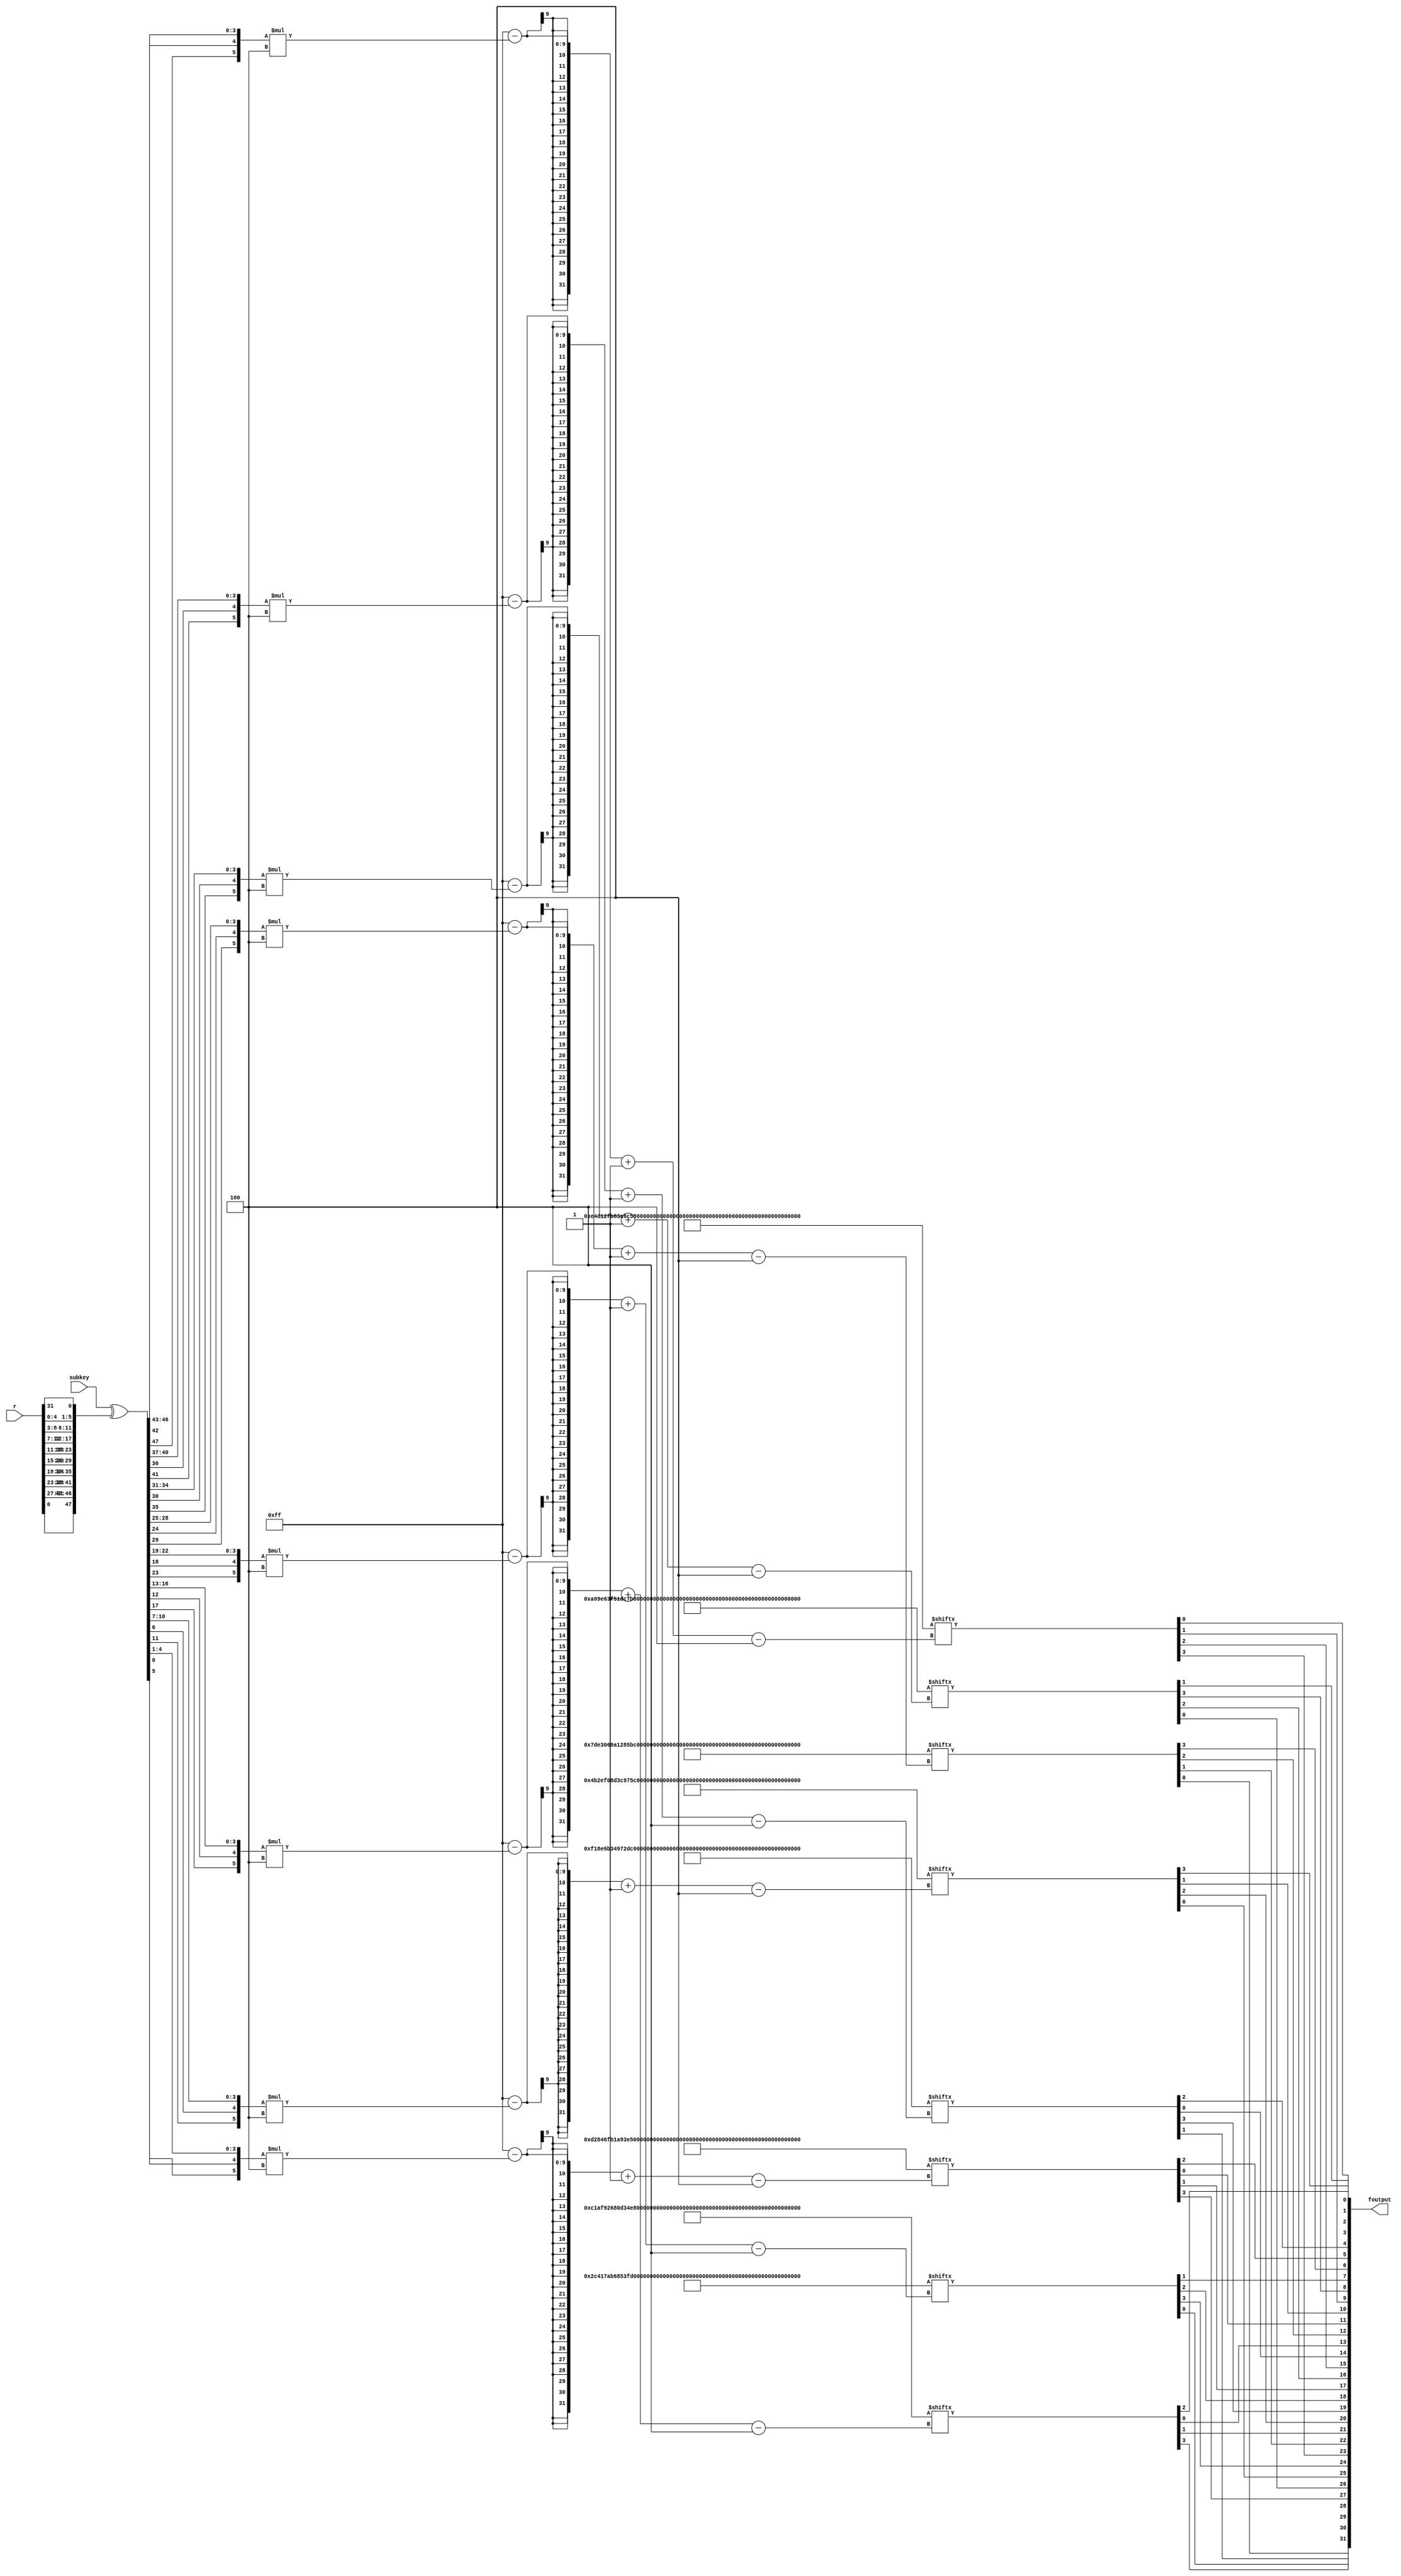
module fFunction(r, subkey, foutput);
	input [31:0]r;
	input [47:0]subkey;
	output [31:0]foutput;
	
	wire [47:0]exP;
	wire [47:0]keyXexP;
	wire [47:0]preSBox;
	wire [47:0]postSBox;
	
	wire [3:0]n1, n2, n3, n4, n5, n6, n7, n8;


	// Expansion Permutation --------------------------------------------------------------
	assign exP = {r[0], r[31], r[30], r[29], r[28], r[27], 
						r[28], r[27], r[26], r[25], r[24], r[23], 
						r[24], r[23], r[22], r[21], r[20], r[19], 
						r[20], r[19], r[18], r[17], r[16], r[15], 
						r[16], r[15], r[14], r[13], r[12], r[11], 
						r[12], r[11], r[10], r[9], r[8], r[7], 
						r[8], r[7], r[6], r[5], r[4], r[3], 
						r[4], r[3], r[2], r[1], r[0], r[31]};
	// End Expansion Permutation ----------------------------------------------------------	
	
	assign keyXexP = subkey ^ exP; // xor add key and expanded r

	// mirror array: first bit on left side becomes first bit on right and so on
	assign preSBox = {keyXexP[0], keyXexP[1], keyXexP[2], keyXexP[3], keyXexP[4], keyXexP[5], keyXexP[6], keyXexP[7], 
				keyXexP[8], keyXexP[9], keyXexP[10], keyXexP[11], keyXexP[12], keyXexP[13], keyXexP[14], keyXexP[15], 
				keyXexP[16], keyXexP[17], keyXexP[18], keyXexP[19], keyXexP[20], keyXexP[21], keyXexP[22], keyXexP[23], 
				keyXexP[24], keyXexP[25], keyXexP[26], keyXexP[27], keyXexP[28], keyXexP[29], keyXexP[30], keyXexP[31],
				keyXexP[32], keyXexP[33], keyXexP[34], keyXexP[35], keyXexP[36], keyXexP[37], keyXexP[38], keyXexP[39],	
				keyXexP[40], keyXexP[41], keyXexP[42], keyXexP[43], keyXexP[44], keyXexP[45], keyXexP[46], keyXexP[47]};	
	
	
	
	// conduct s-box manipulation
	parameter S1 = {4'd14, 4'd4, 4'd13, 4'd1, 4'd2, 4'd15, 4'd11, 4'd8, 4'd3, 4'd10, 4'd6, 4'd12, 4'd5, 4'd9, 4'd0, 4'd7, 
						4'd0, 4'd15, 4'd7, 4'd4, 4'd14, 4'd2, 4'd13, 4'd1, 4'd10, 4'd6, 4'd12, 4'd11, 4'd9, 4'd5, 4'd3, 4'd8, 
						4'd4, 4'd1, 4'd14, 4'd8, 4'd13, 4'd6, 4'd2, 4'd11, 4'd15, 4'd12, 4'd9, 4'd7, 4'd3, 4'd10, 4'd5, 4'd0, 
						4'd15, 4'd12, 4'd8, 4'd2, 4'd4, 4'd9, 4'd1, 4'd7, 4'd5, 4'd11, 4'd3, 4'd14, 4'd10, 4'd0, 4'd6, 4'd13};

	parameter S2 = {4'd15, 4'd1, 4'd8, 4'd14, 4'd6, 4'd11, 4'd3, 4'd4, 4'd9, 4'd7, 4'd2, 4'd13, 4'd12, 4'd0, 4'd5, 4'd10, 
						4'd3, 4'd13, 4'd4, 4'd7, 4'd15, 4'd2, 4'd8, 4'd14, 4'd12, 4'd0, 4'd1, 4'd10, 4'd6, 4'd9, 4'd11, 4'd5, 
						4'd0, 4'd14, 4'd7, 4'd11, 4'd10, 4'd4, 4'd13, 4'd1, 4'd5, 4'd8, 4'd12, 4'd6, 4'd9, 4'd3, 4'd2, 4'd15, 
						4'd13, 4'd8, 4'd10, 4'd1, 4'd3, 4'd15, 4'd4, 4'd2, 4'd11, 4'd6, 4'd7, 4'd12, 4'd0, 4'd5, 4'd14, 4'd9 };

	parameter S3 = {4'd10, 4'd0, 4'd9, 4'd14, 4'd6, 4'd3, 4'd15, 4'd5, 4'd1, 4'd13, 4'd12, 4'd7, 4'd11, 4'd4, 4'd2, 4'd8, 
						4'd13, 4'd7, 4'd0, 4'd9, 4'd3, 4'd4, 4'd6, 4'd10, 4'd2, 4'd8, 4'd5, 4'd14, 4'd12, 4'd11, 4'd15, 4'd1, 
						4'd13, 4'd6, 4'd4, 4'd9, 4'd8, 4'd15, 4'd3, 4'd0, 4'd11, 4'd1, 4'd2, 4'd12, 4'd5, 4'd10, 4'd14, 4'd7, 
						4'd1, 4'd10, 4'd13, 4'd0, 4'd6, 4'd9, 4'd8, 4'd7, 4'd4, 4'd15, 4'd14, 4'd3, 4'd11, 4'd5, 4'd2, 4'd12 };

	parameter S4 = {4'd7, 4'd13, 4'd14, 4'd3, 4'd0, 4'd6, 4'd9, 4'd10, 4'd1, 4'd2, 4'd8, 4'd5, 4'd11, 4'd12, 4'd4, 4'd15, 
						4'd13, 4'd8, 4'd11, 4'd5, 4'd6, 4'd15, 4'd0, 4'd3, 4'd4, 4'd7, 4'd2, 4'd12, 4'd1, 4'd10, 4'd14, 4'd9, 
						4'd10, 4'd6, 4'd9, 4'd0, 4'd12, 4'd11, 4'd7, 4'd13, 4'd15, 4'd1, 4'd3, 4'd14, 4'd5, 4'd2, 4'd8, 4'd4, 
						4'd3, 4'd15, 4'd0, 4'd6, 4'd10, 4'd1, 4'd13, 4'd8, 4'd9, 4'd4, 4'd5, 4'd11, 4'd12, 4'd7, 4'd2, 4'd14 };

	parameter S5 = {4'd2, 4'd12, 4'd4, 4'd1, 4'd7, 4'd10, 4'd11, 4'd6, 4'd8, 4'd5, 4'd3, 4'd15, 4'd13, 4'd0, 4'd14, 4'd9, 
						4'd14, 4'd11, 4'd2, 4'd12, 4'd4, 4'd7, 4'd13, 4'd1, 4'd5, 4'd0, 4'd15, 4'd10, 4'd3, 4'd9, 4'd8, 4'd6, 
						4'd4, 4'd2, 4'd1, 4'd11, 4'd10, 4'd13, 4'd7, 4'd8, 4'd15, 4'd9, 4'd12, 4'd5, 4'd6, 4'd3, 4'd0, 4'd14, 
						4'd11, 4'd8, 4'd12, 4'd7, 4'd1, 4'd14, 4'd2, 4'd13, 4'd6, 4'd15, 4'd0, 4'd9, 4'd10, 4'd4, 4'd5, 4'd3 };

	parameter S6 = {4'd12, 4'd1, 4'd10, 4'd15, 4'd9, 4'd2, 4'd6, 4'd8, 4'd0, 4'd13, 4'd3, 4'd4, 4'd14, 4'd7, 4'd5, 4'd11, 
						4'd10, 4'd15, 4'd4, 4'd2, 4'd7, 4'd12, 4'd9, 4'd5, 4'd6, 4'd1, 4'd13, 4'd14, 4'd0, 4'd11, 4'd3, 4'd8, 
						4'd9, 4'd14, 4'd15, 4'd5, 4'd2, 4'd8, 4'd12, 4'd3, 4'd7, 4'd0, 4'd4, 4'd10, 4'd1, 4'd13, 4'd11, 4'd6, 
						4'd4, 4'd3, 4'd2, 4'd12, 4'd9, 4'd5, 4'd15, 4'd10, 4'd11, 4'd14, 4'd1, 4'd7, 4'd6, 4'd0, 4'd8, 4'd13 };

	parameter S7 = {4'd4, 4'd11, 4'd2, 4'd14, 4'd15, 4'd0, 4'd8, 4'd13, 4'd3, 4'd12, 4'd9, 4'd7, 4'd5, 4'd10, 4'd6, 4'd1, 
						4'd13, 4'd0, 4'd11, 4'd7, 4'd4, 4'd9, 4'd1, 4'd10, 4'd14, 4'd3, 4'd5, 4'd12, 4'd2, 4'd15, 4'd8, 4'd6, 
						4'd1, 4'd4, 4'd11, 4'd13, 4'd12, 4'd3, 4'd7, 4'd14, 4'd10, 4'd15, 4'd6, 4'd8, 4'd0, 4'd5, 4'd9, 4'd2, 
						4'd6, 4'd11, 4'd13, 4'd8, 4'd1, 4'd4, 4'd10, 4'd7, 4'd9, 4'd5, 4'd0, 4'd15, 4'd14, 4'd2, 4'd3, 4'd12 };

	parameter S8 = {4'd13, 4'd2, 4'd8, 4'd4, 4'd6, 4'd15, 4'd11, 4'd1, 4'd10, 4'd9, 4'd3, 4'd14, 4'd5, 4'd0, 4'd12, 4'd7, 
						4'd1, 4'd15, 4'd13, 4'd8, 4'd10, 4'd3, 4'd7, 4'd4, 4'd12, 4'd5, 4'd6, 4'd11, 4'd0, 4'd14, 4'd9, 4'd2, 
						4'd7, 4'd11, 4'd4, 4'd1, 4'd9, 4'd12, 4'd14, 4'd2, 4'd0, 4'd6, 4'd10, 4'd13, 4'd15, 4'd3, 4'd5, 4'd8, 
						4'd2, 4'd1, 4'd14, 4'd7, 4'd4, 4'd10, 4'd8, 4'd13, 4'd15, 4'd12, 4'd9, 4'd0, 4'd3, 4'd5, 4'd6, 4'd11 };

	
	assign n1 = S1[255 - {preSBox[0], preSBox[5], preSBox[1], preSBox[2], preSBox[3], preSBox[4]} * 4 -:4];
	assign n2 = S2[255 - {preSBox[6], preSBox[11], preSBox[7], preSBox[8], preSBox[9], preSBox[10]} * 4 -:4];
	assign n3 = S3[255 - {preSBox[12], preSBox[17], preSBox[13], preSBox[14], preSBox[15], preSBox[16]} * 4 -:4];
	assign n4 = S4[255 - {preSBox[18], preSBox[23], preSBox[19], preSBox[20], preSBox[21], preSBox[22]} * 4 -:4];
	assign n5 = S5[255 - {preSBox[24], preSBox[29], preSBox[25], preSBox[26], preSBox[27], preSBox[28]} * 4 -:4];
	assign n6 = S6[255 - {preSBox[30], preSBox[35], preSBox[31], preSBox[32], preSBox[33], preSBox[34]} * 4 -:4];
	assign n7 = S7[255 - {preSBox[36], preSBox[41], preSBox[37], preSBox[38], preSBox[39], preSBox[40]} * 4 -:4];
	assign n8 = S8[255 - {preSBox[42], preSBox[47], preSBox[43], preSBox[44], preSBox[45], preSBox[46]} * 4 -:4];


	
	// combine sbox outputs
	assign postSBox = {n1, n2, n3, n4, n5, n6, n7, n8};
	
	// final f function permutation
	assign foutput = {postSBox[16], postSBox[25], postSBox[12], postSBox[11], 
							postSBox[3], postSBox[20], postSBox[4], postSBox[15], 
							postSBox[31], postSBox[17], postSBox[9], postSBox[6], 
							postSBox[27], postSBox[14], postSBox[1], postSBox[22], 
							postSBox[30], postSBox[24], postSBox[8], postSBox[18], 
							postSBox[0], postSBox[5], postSBox[29], postSBox[23], 
							postSBox[13], postSBox[19], postSBox[2], postSBox[26], 
							postSBox[10], postSBox[21], postSBox[28], postSBox[7] };

endmodule